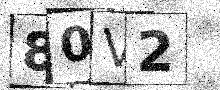
Text: 80V2